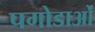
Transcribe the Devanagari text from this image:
पगोडाओं